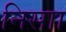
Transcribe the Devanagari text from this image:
निसाा